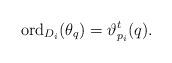
LaTeX: \begin{align*}{\rm ord}_{D_i}(\theta_q)=\vartheta_{p_i}^t (q).\end{align*}